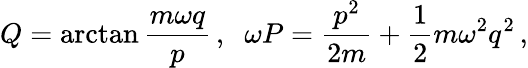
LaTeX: Q=\arctan\frac{m\omega q}{p}\, ,\; \; \omega P=\frac{p^{2}}{2m}+\frac{1}{2}m\omega^{2}q^{2}\, ,